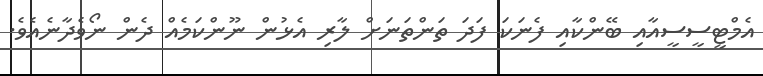
އެމްޓީސީސީއާއި ބޭންކާއި ފެނަކަ ފަދަ ތަންތަނަށް ލާރި އެޅުން ނޫންކަމެއް ދެން ނޯވެދާނެއެވެ.